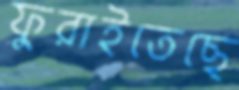
ফুরাইতেছে